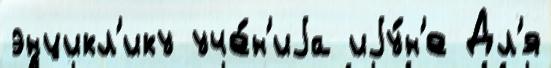
энцикл'ику уче́н'иjа иjу́н'е Дл'я